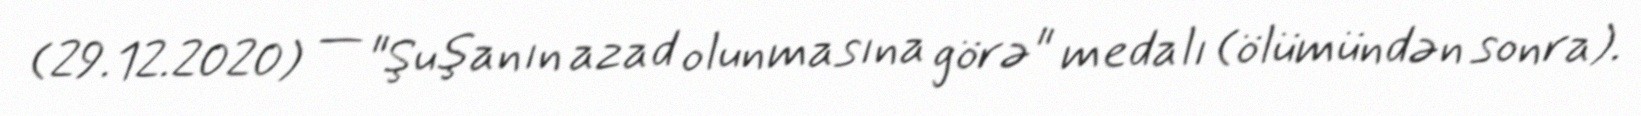
(29.12.2020) — "Şuşanın azad olunmasına görə" medalı (ölümündən sonra).